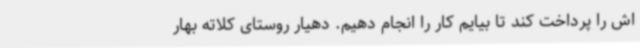
اش را پرداخت کند تا بیایم کار را انجام دهیم. دهیار روستای کلاته بهار